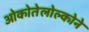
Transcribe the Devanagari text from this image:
ओकोतेलोल्कोने